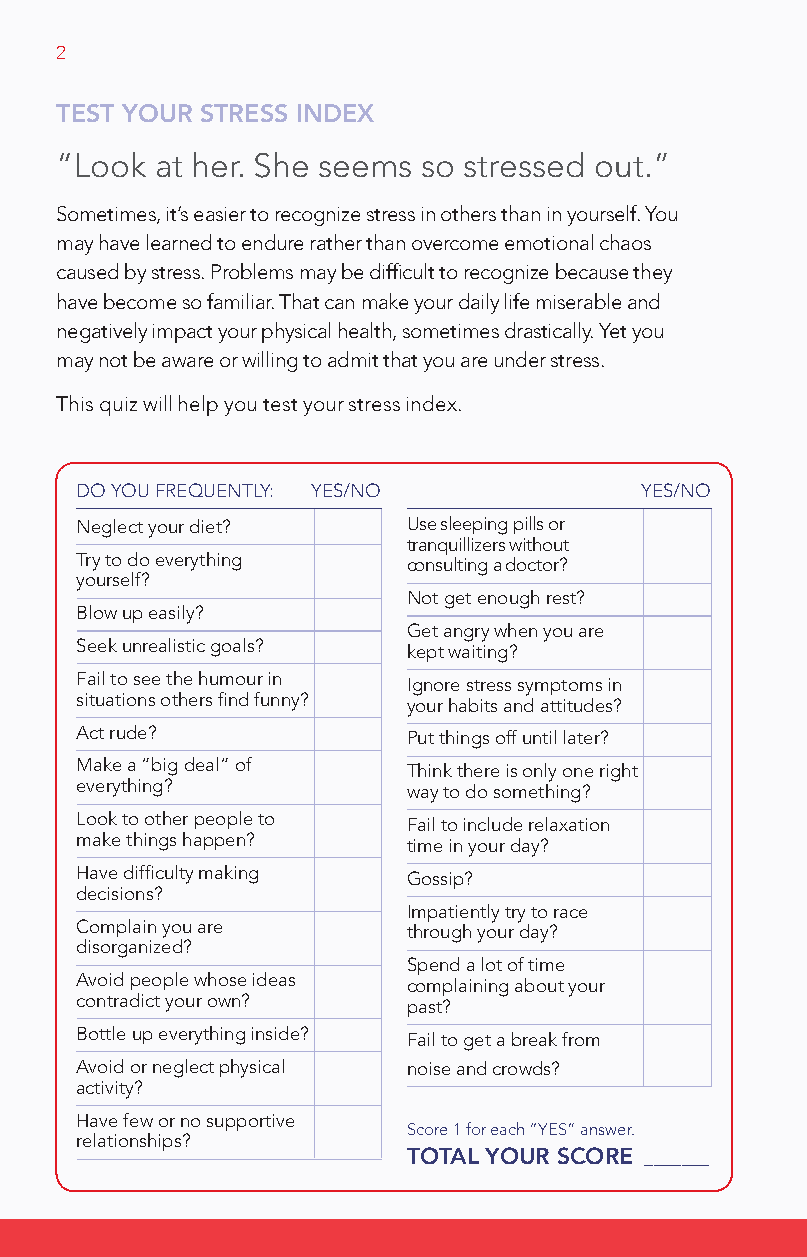
2
 TEST youR STRESS IndEx
 “look  at her. She seems so stressed out.”
 Sometimes, it’s easier to recognize stress in others than in yourself. You
 may have learned to endure rather than overcome emotional chaos
 caused by stress. Problems may be difficult to recognize because they
 have become so familiar. That can make your daily life miserable and
 negatively impact your physical health, sometimes drastically. Yet you
 may not be aware or willing to admit that you are under stress.
 This quiz will help you test your stress index.
 DO YOU fREqUENTlY: YES/NO             YES/NO
 Neglect your diet?    Use sleeping pills or
 tranquillizers without
 Try to do everything  consulting a doctor?
 yourself?
 Not get enough rest?
 Blow up easily?
 Get angry when you are
 Seek unrealistic goals? kept waiting?
 fail to see the humour in Ignore stress symptoms in
 situations others find funny? your habits and attitudes?
 Act rude?             Put things off until later?
 Make a “big deal” of  Think there is only one right
 everything?           way to do something?
 look to other people to fail to include relaxation
 make things happen?   time in your day?
 Have difficulty making Gossip?
 decisions?
 Impatiently try to race
 Complain you are      through your day?
 disorganized?
 Spend a lot of time
 Avoid people whose ideas complaining about your
 contradict your own?  past?
 Bottle up everything inside? fail to get a break from
 Avoid or neglect physical noise and crowds?
 activity?
 Have few or no supportive
 Score 1 for each “YES” answer.
 relationships?
 ToTal youR ScoRE _______
 DA_HSFCcoping-Englishresized.indd 2      4/19/10 1:09:05 PM